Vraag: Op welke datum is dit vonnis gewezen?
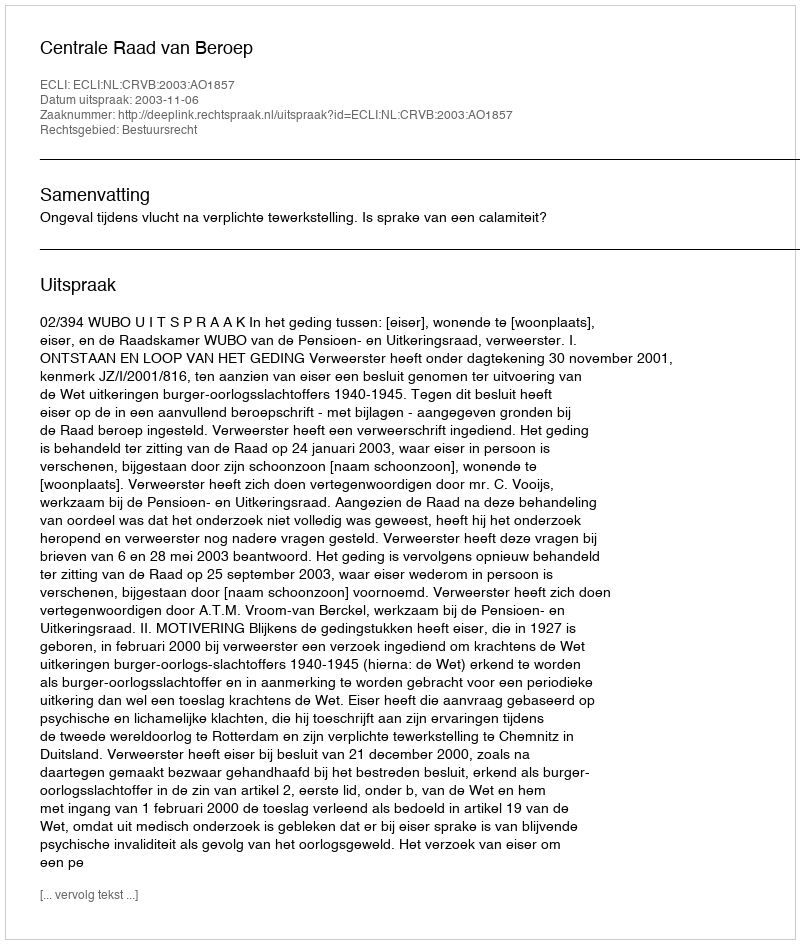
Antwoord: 2003-11-06